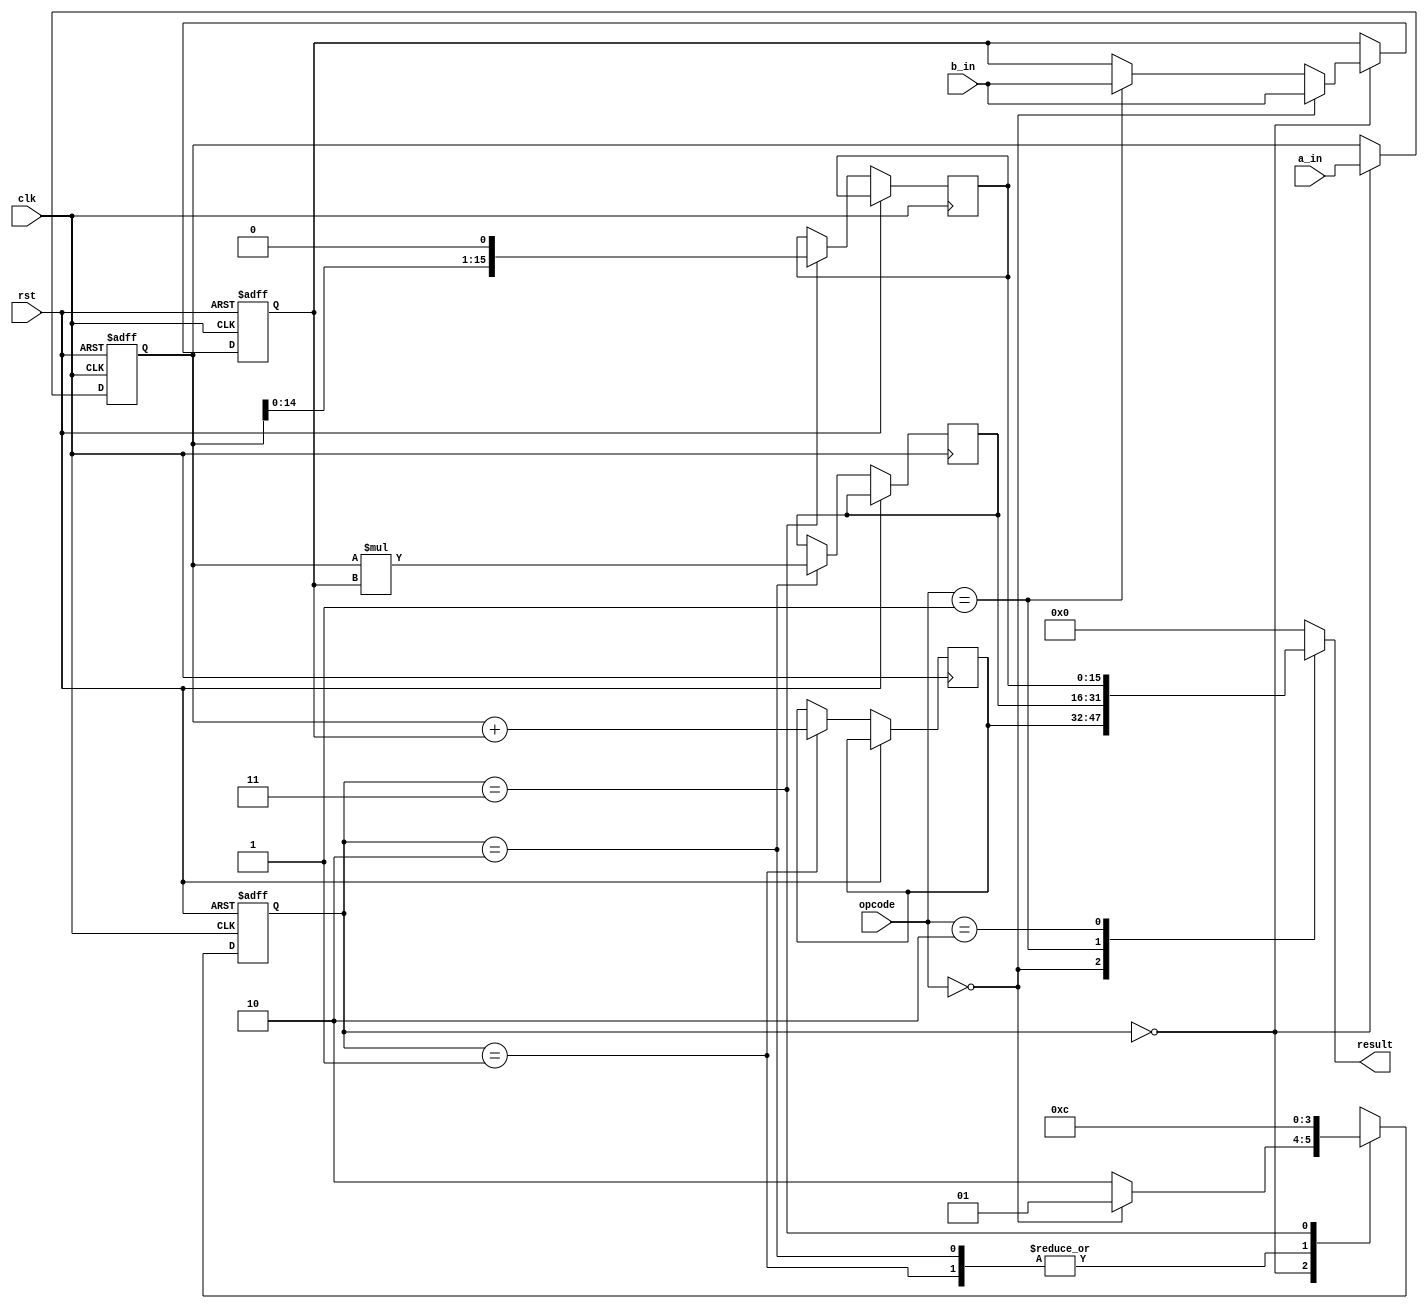
module HalfPrecisionFloatUnit (
    input wire clk,
    input wire rst,
    input wire [15:0] a_in,
    input wire [15:0] b_in,
    input wire [1:0] opcode, // 00 for add, 01 for multiply, 10 for shift
    output reg [15:0] result
);

// Declare internal registers for pipeline stages
reg [15:0] a, b, op_result;
reg [15:0] mul_result;
reg [15:0] shift_result;

// Declare control signals
reg [1:0] state;

// Pipeline stages
always @(posedge clk or posedge rst) begin
    if (rst) begin
        state <= 2'b00; // Initialize state to 00
        a <= 16'b0; // Initialize inputs to zero
        b <= 16'b0;
    end else begin
        case (state)
            2'b00: begin // Stage 1: Receive and process inputs
                if (opcode == 2'b00) begin
                    a <= a_in;
                    b <= b_in;
                    state <= 2'b01;
                end else if (opcode == 2'b01) begin
                    a <= a_in;
                    b <= b_in;
                    state <= 2'b10;
                end else begin
                    a <= a_in;
                    state <= 2'b10;
                end
            end
            2'b01: begin // Stage 2: Adder
                op_result <= a + b;
                state <= 2'b11;
            end
            2'b10: begin // Stage 2: Multiplier
                mul_result <= a * b;
                state <= 2'b11;
            end
            2'b11: begin // Stage 3: Shifter
                shift_result <= a << 1; // Example shift operation, adjust as necessary
                state <= 2'b00; // Reset to stage 1 for next operation
            end
        endcase
    end
end

// Output result based on opcode
always @* begin
    case (opcode)
        2'b00: result = op_result; // Adder result
        2'b01: result = mul_result; // Multiplier result
        2'b10: result = shift_result; // Shifter result
        default: result = 16'b0; // Default to zero
    endcase
end

endmodule